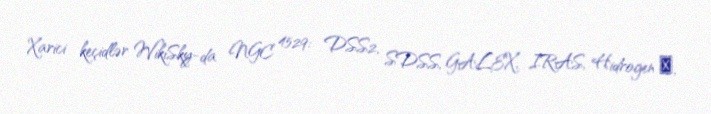
Xarici keçidlər WikiSky-da NGC 4529: DSS2, SDSS, GALEX, IRAS, Hidrogen α,